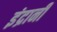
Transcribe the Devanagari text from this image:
इंद्रानी